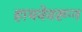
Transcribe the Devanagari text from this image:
हायवेवरून